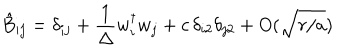
LaTeX: \hat { B } _ { i j } = \delta _ { i j } + { \frac { 1 } { \Delta } } w _ { i } ^ { \dagger } w _ { j } + c \, \delta _ { i 2 } \delta _ { j 2 } + O ( \sqrt { r / a } )